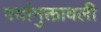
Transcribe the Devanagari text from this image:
पर्यामुक्तावली